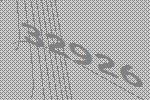
32926